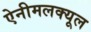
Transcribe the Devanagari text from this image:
ऐनीमलक्यूल